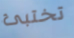
تختبئ